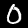
Label: 0